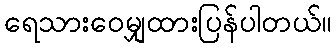
ရေသားဝေမျှထားပြန်ပါတယ်။